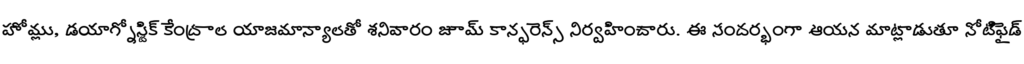
హోమ్లు, డయాగ్నోస్టిక్ కేంద్రాల యాజమాన్యాలతో శనివారం జూమ్ కాన్ఫరెన్స్ నిర్వహించారు. ఈ సందర్భంగా ఆయన మాట్లాడుతూ నోటిఫైడ్